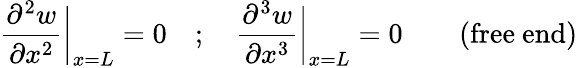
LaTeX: {\frac{\partial^{2}w}{\partial x^{2}}}{\bigg|}_{x=L}=0\quad;\quad{\frac{\partial^{3}w}{\partial x^{3}}}{\bigg|}_{x=L}=0\qquad{\mathrm{(free~end)}}